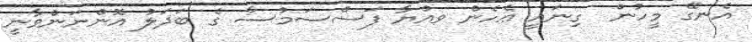
އެނގޭ މީހުން  ގިނައީ ޢެހެން ވއްޔާ ފަސްސަމުސާ ގެ ބަދަލު އޮންނަންވާނީ